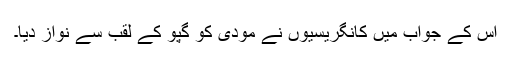
اس کے جواب میں کانگریسیوں نے مودی کو گپوّ کے لقب سے نواز دیا۔